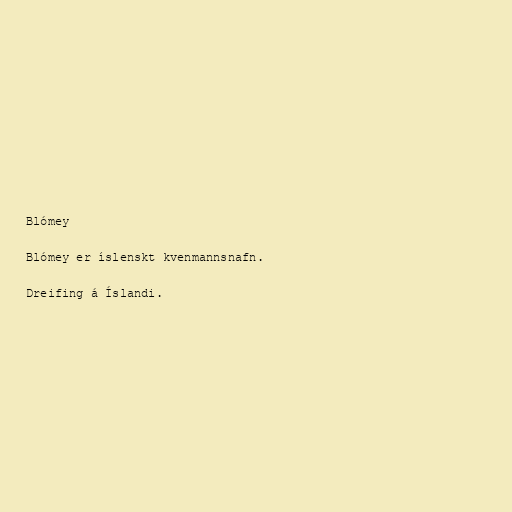
Blómey

Blómey er íslenskt kvenmannsnafn.

Dreifing á Íslandi.